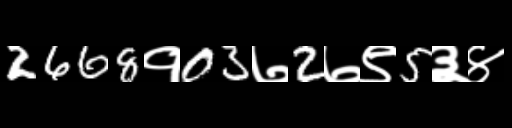
Text: 2668१03७2७९5३४